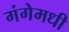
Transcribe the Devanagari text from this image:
गंगेमधी